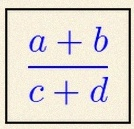
\frac{a+b}{c+d}